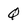
Character: Q